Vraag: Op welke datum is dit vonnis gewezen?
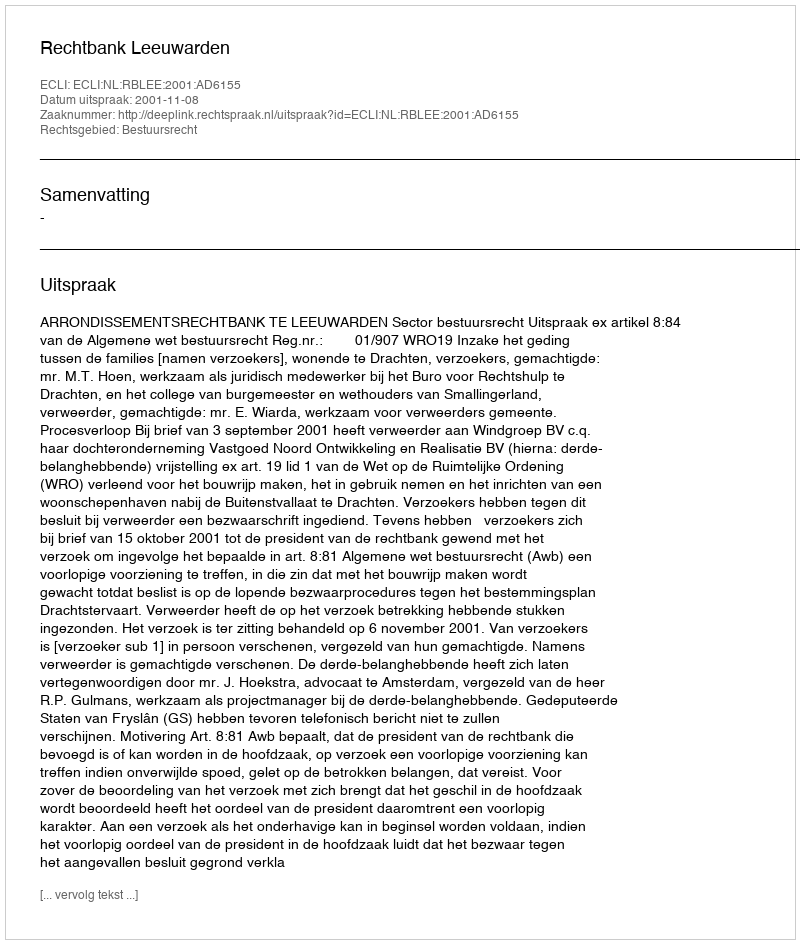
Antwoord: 2001-11-08